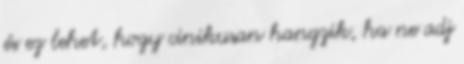
és ez lehet, hogy cinikusan hangzik, ha ne adj